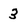
Character: 3